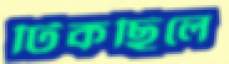
টিকছিলে